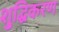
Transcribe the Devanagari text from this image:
शु्द्धिकरण